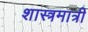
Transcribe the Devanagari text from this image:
शास्त्रमात्री